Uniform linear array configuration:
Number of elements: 32
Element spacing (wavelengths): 1
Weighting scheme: kaiser
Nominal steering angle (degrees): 0
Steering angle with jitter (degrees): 1.417
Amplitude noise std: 0.05
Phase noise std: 0.05

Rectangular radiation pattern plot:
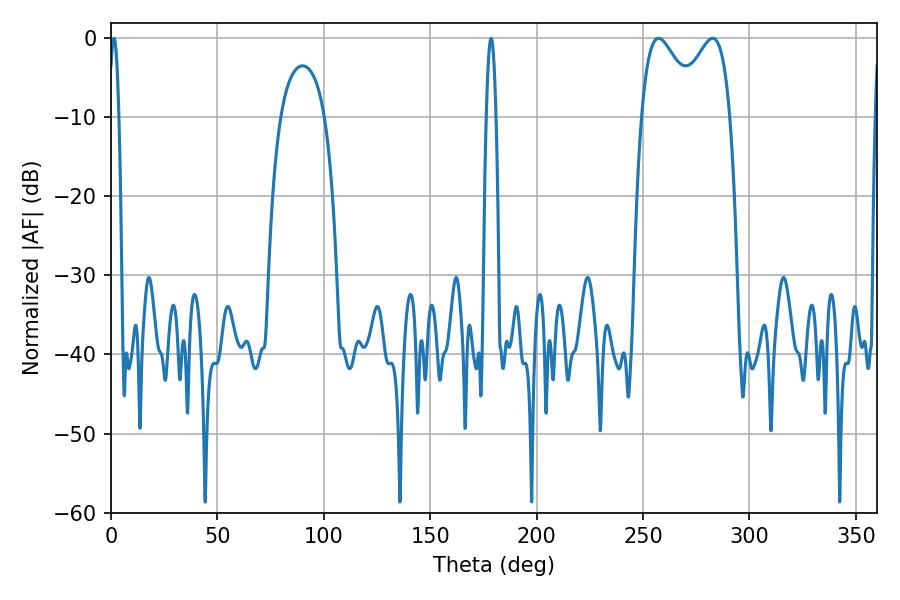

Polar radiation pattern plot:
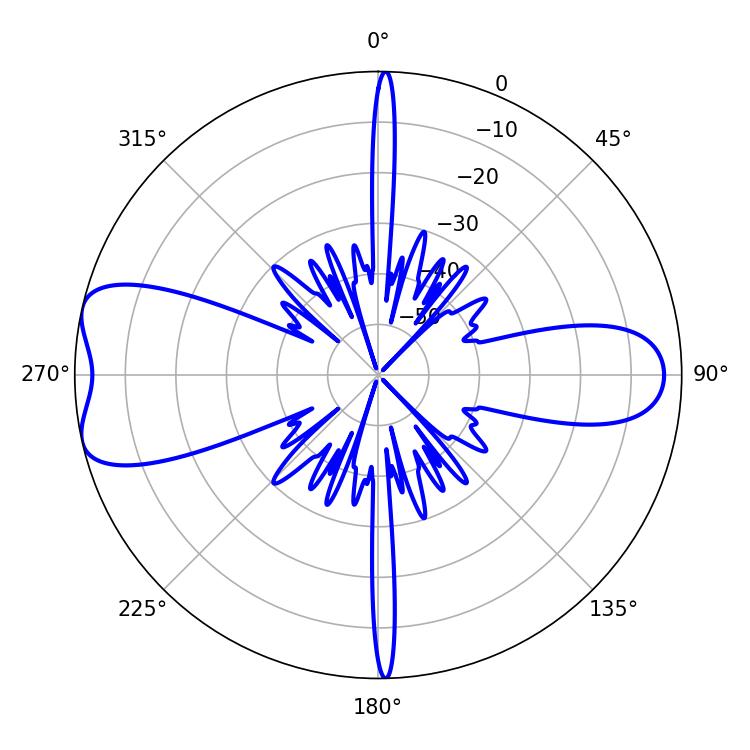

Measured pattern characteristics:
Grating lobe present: TRUE
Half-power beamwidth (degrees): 14.22
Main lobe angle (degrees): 257.22